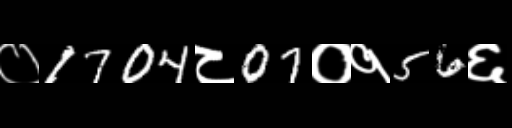
Text: ०1704८07०१56६